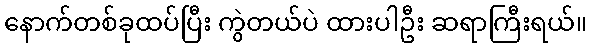
နောက်တစ်ခုထပ်ပြီး ကွဲတယ်ပဲ ထားပါဦး ဆရာကြီးရယ်။